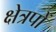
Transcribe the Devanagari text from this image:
क्षेत्रपों